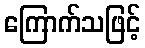
ကြောက်သဖြင့်